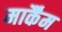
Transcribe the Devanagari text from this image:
मार्कैंम